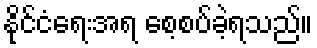
နိုင်ငံရေးအရ စေ့စပ်ခဲ့ရသည်။